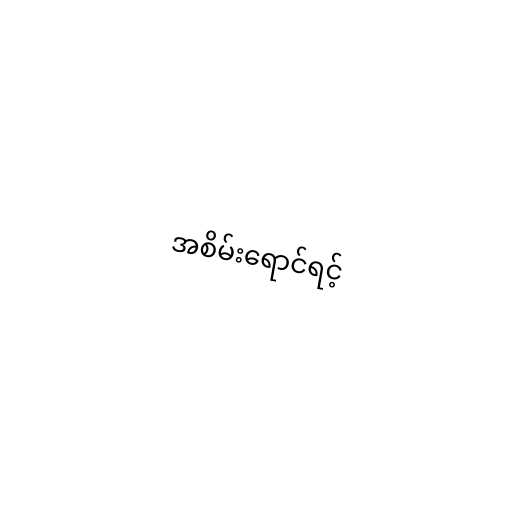
အစိမ်းရောင်ရင့်